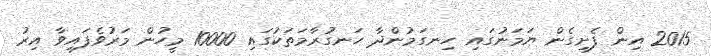
2015 އިން ފެށިގެން ޔަމަނުގައި ހިނގަމުންދާ ހަނގުރާމަތަކުގައި 10000 މީހުން މަރުވެފައިވާ އިރު